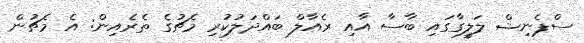
ސްޕެނިޝް ލަލީގާގައި ބާސާ އާއި ރެއާލް ބައްދަލުކުރި މެޗުގެ ތެރެއިން: އެ މެޗުން